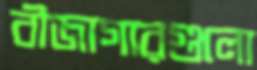
বীজাগারগুলো